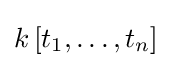
k\left[t_{1},\ldots ,t_{n}\right]